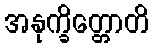
အနုက္ခိတ္တောတိ